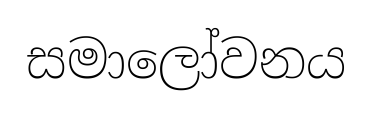
සමාලෝවනය